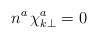
\begin{align*}n^a \, \chi^a_{k \bot} = 0\end{align*}